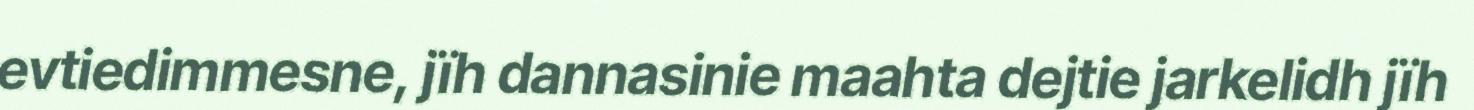
evtiedimmesne, jïh dannasinie maahta dejtie jarkelidh jïh